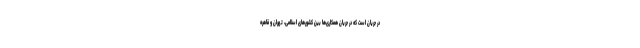
در جریان است که در جریان همکاری‌ها بین کشورهای اسلامی، تهران و قاهره